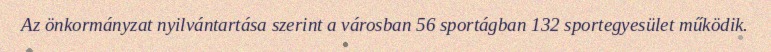
Az önkormányzat nyilvántartása szerint a városban 56 sportágban 132 sportegyesület működik.